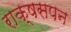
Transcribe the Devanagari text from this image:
राक्षसपन